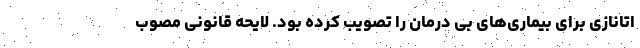
اتانازی برای بیماری‌های بی درمان را تصویب کرده بود. لایحه قانونی مصوب